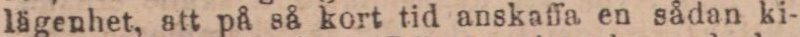
lägenhet, att på så kort tid anskaffa en sådan ki-